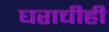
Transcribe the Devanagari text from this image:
घराचीही